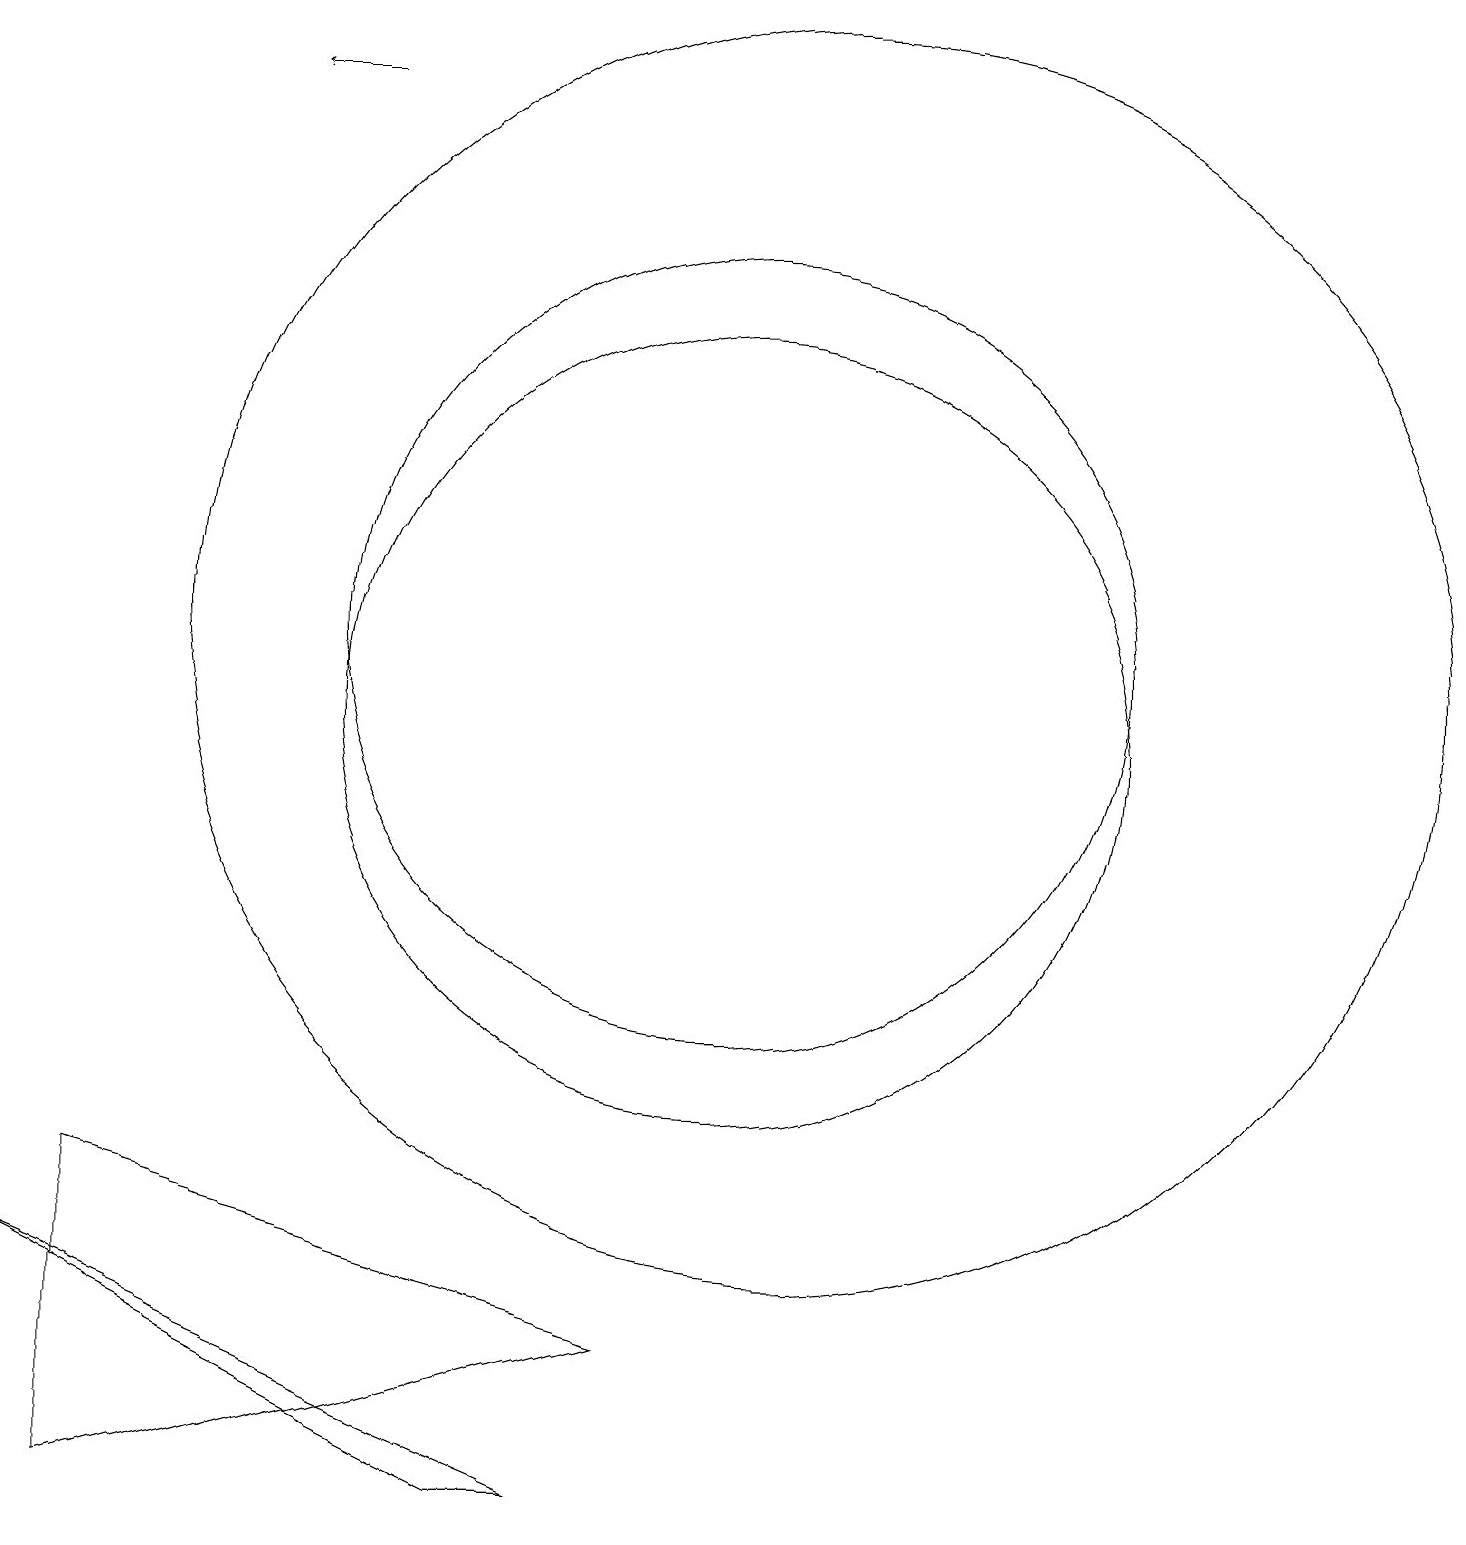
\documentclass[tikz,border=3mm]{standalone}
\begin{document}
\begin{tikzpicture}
\draw (10,11) circle (5);
\draw (7,0) -- (8,0) -- (1,3) -- cycle;
\draw (12,10) circle (0);
\draw[->] (5,18) -- (4,18);
\draw (11,11) circle (8);
\draw (9,2) -- (2,0) -- (2,4) -- cycle;
\draw (10,10) circle (5);
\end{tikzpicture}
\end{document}